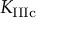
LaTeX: K _ { \mathrm { { I I I c } } }